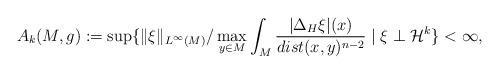
LaTeX: \begin{align*}A_k(M,g):=\sup\{\|\xi\|_{L^{\infty}(M)}/\max_{y\in M}\int_M\frac{|\Delta_H\xi|(x)}{dist(x,y)^{n-2}}\mid \xi \perp \mathcal{H}^k\}<\infty,\end{align*}